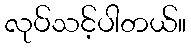
လုပ်သင့်ပါတယ်။